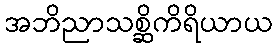
အဘိညာသစ္ဆိကိရိယာယ